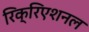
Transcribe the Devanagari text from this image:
रिक्रिएशनल